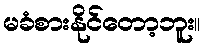
မခံစားနိုင်တော့ဘူး။